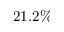
2 1 . 2 \%